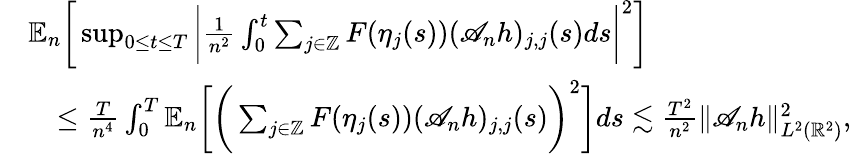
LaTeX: \begin{array}{rl}&{\mathbb{E}_{n}\bigg[\operatorname*{sup}_{0\le t\le T}\bigg|\frac{1}{n^{2}}\int_{0}^{t}\sum_{j\in\mathbb{Z}}F(\eta_{j}(s))(\mathscr{A}_{n}h)_{j,j}(s)ds\bigg|^{2}\bigg]}\\ &{\quad\le\frac{T}{n^{4}}\int_{0}^{T}\mathbb{E}_{n}\bigg[\bigg(\sum_{j\in\mathbb{Z}}F(\eta_{j}(s))(\mathscr{A}_{n}h)_{j,j}(s)\bigg)^{2}\bigg]ds\lesssim\frac{T^{2}}{n^{2}}\| \mathscr{A}_{n}h\| _{L^{2}(\mathbb{R}^{2})}^{2},}\end{array}